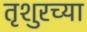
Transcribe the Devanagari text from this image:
तृशुरच्या